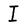
Character: I